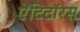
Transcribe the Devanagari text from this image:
ऐंटिटॉरस